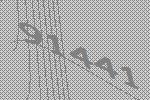
91441